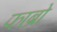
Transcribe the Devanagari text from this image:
फाब्रो